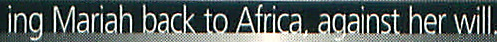
ing Mariah back to Africa. against her will.